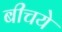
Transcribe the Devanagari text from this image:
बीचये